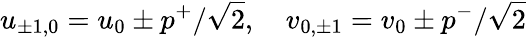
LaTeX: u_{\pm 1,0}=u_{0}\pm p^{+}/\sqrt{2},\quad v_{0,\pm 1}=v_{0}\pm p^{-}/\sqrt{2}